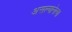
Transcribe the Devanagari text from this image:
असल्यानेत्या